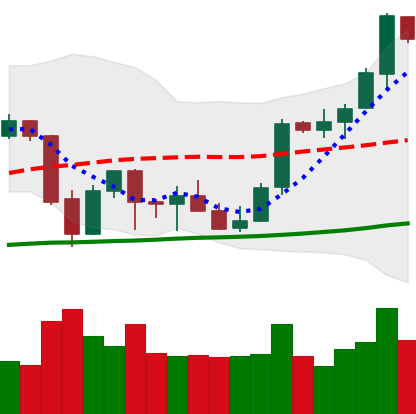
Ticker: BTC-USD
Chart end date: 2021-10-07
Forward return: 4.154%
Label: up_3_5